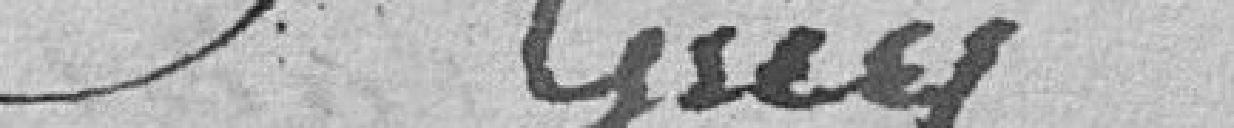
Grey